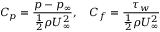
C _ { p } = \frac { p - p _ { \infty } } { \frac { 1 } { 2 } \rho U _ { \infty } ^ { 2 } } , \quad C _ { f } = \frac { \tau _ { w } } { \frac { 1 } { 2 } \rho U _ { \infty } ^ { 2 } }